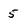
Character: 5